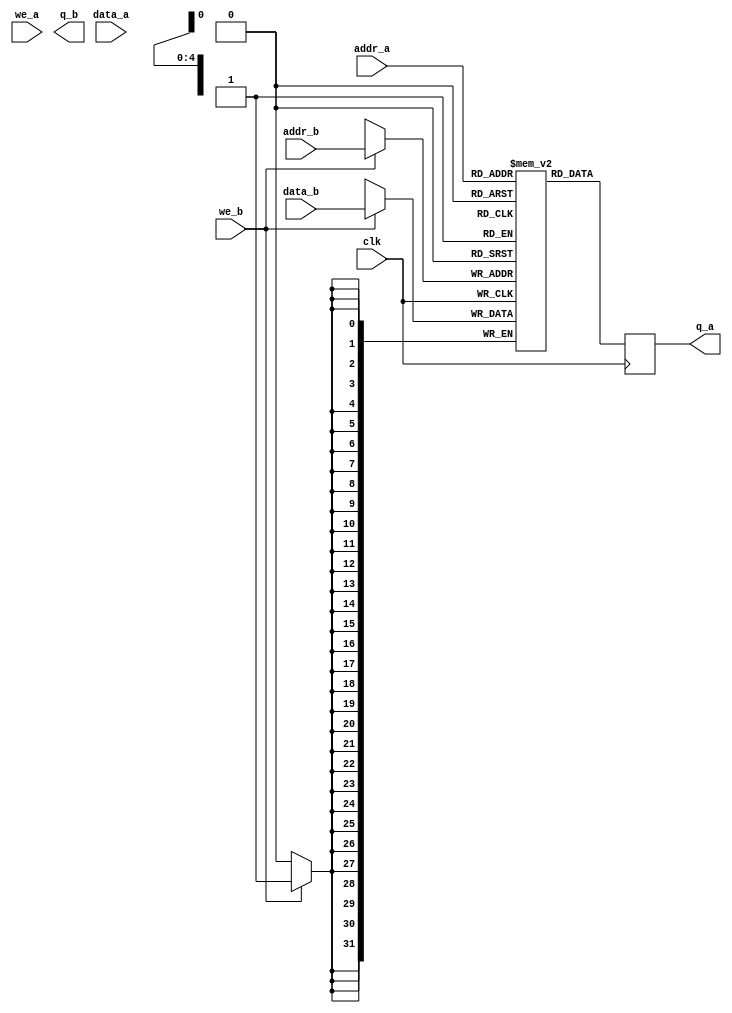
module t_dpram_sclkb #(parameter AWIDTH = 5,
parameter DWIDTH = 32, parameter DEPTH = 32)
(
	data_a, 
  data_b,
	addr_a, 
  addr_b,
	we_a,
  we_b, 
  clk,
	q_a, 
  q_b
);

  input [DWIDTH-1 :0] data_a, data_b;
  input [AWIDTH-1 :0] addr_a, addr_b;
  input we_a, we_b, clk;
  output reg [DWIDTH-1 :0] q_a, q_b;
  
	// Declare the RAM variable
	reg [DWIDTH-1 :0] ram[DEPTH-1 :0];
	
	// Port A
	always @ (posedge clk)
	begin
		if (we_b) 
			ram[addr_b] <= data_b;
		q_a <= ram[addr_a];
	end
	
	// Port B
/* 	always @ (posedge clk)
	begin
		if (we_b)
		begin
			ram[addr_b] <= data_b;
			q_b <= data_b;
		end
		else
		begin
			q_b <= ram[addr_b];
		end
	end */
	
endmodule